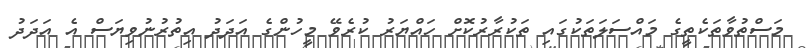
މަސްތުވާތަކެތީގެ މައްސަލަތަކުގައި ތަކުރާރުކޮށް ހައްޔަރު ކުރެވޭ މީހުންގެ އަދަދު އިތުރުނުވިޔަސް އެ އަދަދު